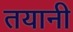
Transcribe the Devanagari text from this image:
तयानी